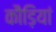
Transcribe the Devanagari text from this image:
कौड़ियां